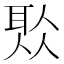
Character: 𦕦